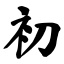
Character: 初